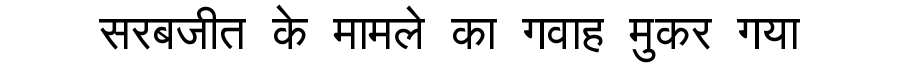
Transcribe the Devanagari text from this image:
सरबजीत के मामले का गवाह मुकर गया